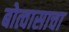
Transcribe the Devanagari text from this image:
बोत्वासाचा